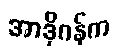
အာဒိုဂန်က